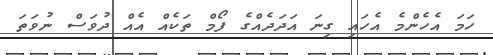
ހަމަ އެހެންމެ އެހައި ގިނަ އަދަދެއްގެ ފޯމް ތަކެއް އެއް ދުވަސް ނުވަތަ